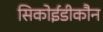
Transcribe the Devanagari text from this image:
सिकोईडीकौन